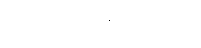
တရားမဝင်ရောင်းဝယ်မှု